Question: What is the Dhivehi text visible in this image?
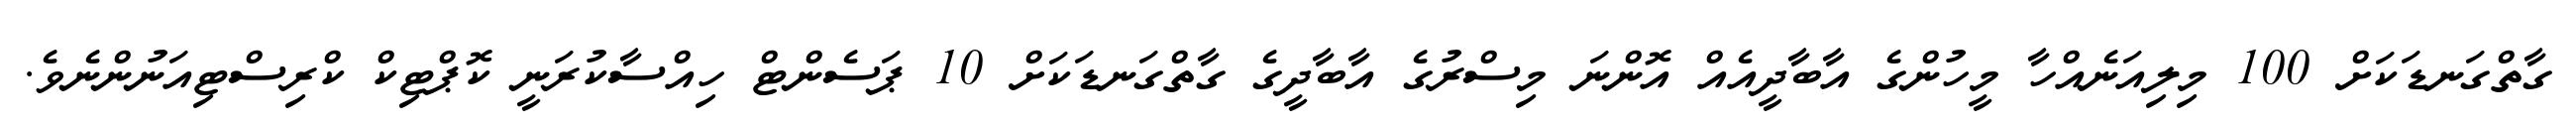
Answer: ގާތްގަނޑަކަށް 100 މިލިއަނެއްހާ މީހުންގެ އާބާދީއެއް އޮންނަ މިސްރުގެ އާބާދީގެ ގާތްގަނޑަކަށް 10 ޕަސެންޓް ހިއްސާކުރަނީ ކޮޕްޓިކް ކްރިސްޓިއަނުންނެވެ.